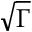
\sqrt { \Gamma }